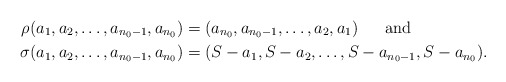
\begin{align*}\rho(a_1,a_2,\ldots,a_{n_0 -1},a_{n_0}) &= (a_{n_0}, a_{n_0 -1},\ldots,a_2,a_1) \mbox{ \ \ \ \ and } \\\sigma(a_1,a_2,\ldots,a_{n_0 -1},a_{n_0}) &= (S- a_1,S- a_2,\ldots,S- a_{n_0 -1},S- a_{n_0}).\end{align*}